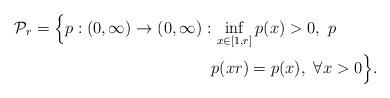
LaTeX: \begin{align*}\mathcal{P}_{r} = \Big\{ p: (0,\infty) \to (0,\infty) : & \,\inf_{x \in [1,r]} p(x) > 0, \ p \\ & p(x r) = p(x), \ \forall x >0\Big\}.\end{align*}